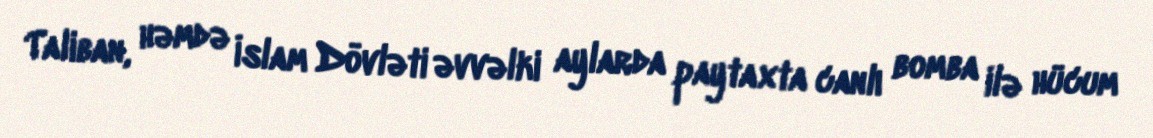
Taliban, həmdə İslam Dövləti əvvəlki aylarda paytaxta canlı bomba ilə hücum